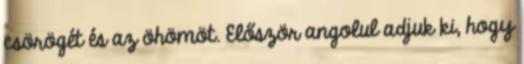
csörögét és az öhömöt. Először angolul adjuk ki, hogy